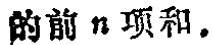
的前 \(n\) 项和.